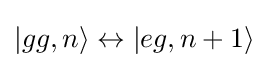
|gg,n\rangle \leftrightarrow |eg,n+1\rangle